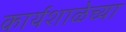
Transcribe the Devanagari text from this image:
कार्यशाळेच्या